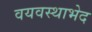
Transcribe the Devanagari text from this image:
वयवस्थाभेद